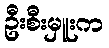
ဦးစီးမှူးက